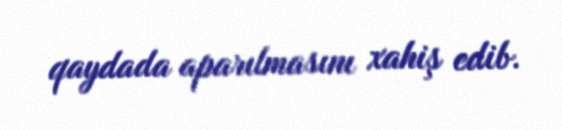
qaydada aparılmasını xahiş edib.